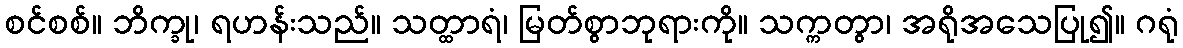
စင်စစ်။ ဘိက္ခု၊ ရဟန်းသည်။ သတ္ထာရံ၊ မြတ်စွာဘုရားကို။ သက္ကတွာ၊ အရိုအသေပြု၍။ ဂရုံ